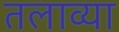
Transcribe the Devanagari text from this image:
तलाव्या